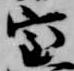
室